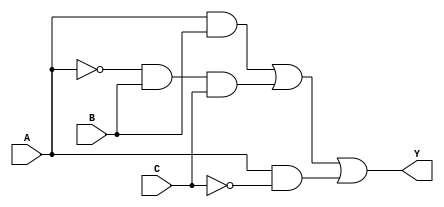
module sop_simplification (
    input wire A,     // First binary input
    input wire B,     // Second binary input
    input wire C,     // Third binary input
    output wire Y     // Output based on simplified SOP expression
);

// Intermediate signals for product terms
wire AB;        // Product term for AB
wire A_not_BC;  // Product term for A'BC
wire AC_not;    // Product term for AC'

// AND gates for product terms
assign AB = A & B;                  // AND gate for A AND B
assign A_not_BC = ~A & B & C;      // AND gate for A' AND B AND C
assign AC_not = A & ~C;             // AND gate for A AND C'

// OR gate to combine product terms
assign Y = AB | A_not_BC | AC_not;  // OR gate for the final output

endmodule